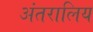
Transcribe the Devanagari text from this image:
अंतरालिय